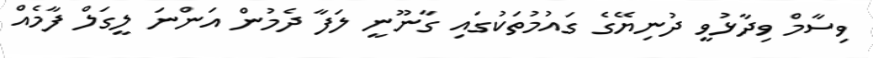
ވިސާމް ވިދާޅުވީ ދުނިޔޭގެ ގައުމުތަކުގައި ގާނޫނީ ލަފާ ދެމުން އަންނަ ލީގަލް ފާމެއް